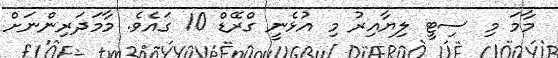
މާމަ މި ސިޓީ ލިޔާއިރު މި އުޅެނީ ގްރޭޑް 10 ގައެވެ. މާމަދަރިންނަށް